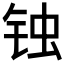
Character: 𰽶